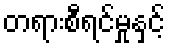
တရားစီရင်မှုနှင့်